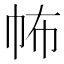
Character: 𢁻